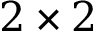
2 \times 2